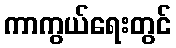
ကာကွယ်ရေးတွင်